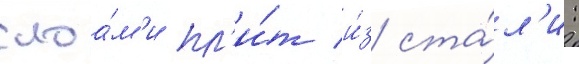
слоа́м'и пл'и́т и́з ста́л'и: